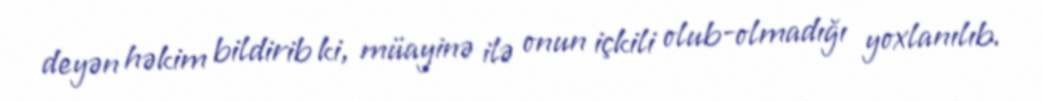
deyən həkim bildirib ki, müayinə ilə onun içkili olub-olmadığı yoxlanılıb.